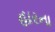
હારના